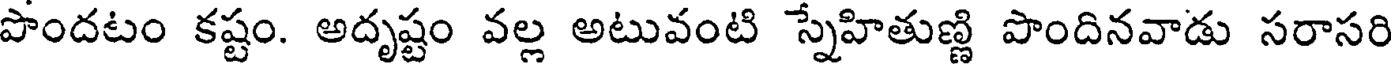
పొందటం కష్టం. అదృష్టం వల్ల అటువంటి స్నేహితుణ్ణి పొందినవాడు సరాసరి